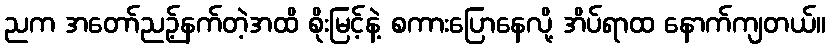
ညက အတော်ညဉ့်နက်တဲ့အထိ စိုးမြင့်နဲ့ စကားပြောနေလို့ အိပ်ရာထ နောက်ကျတယ်။